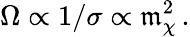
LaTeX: \Omega\propto1/\sigma\propto\mathfrak{m}_{\chi}^{2}\, .